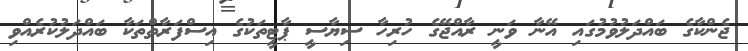
ޖެންކާގެ ބައްދަލުވުމުގައި އޭނާ ވަނީ ރާއްޖޭގެ ހުރިހާ ސިޔާސީ ޕާޓީތަކުގެ އިސްފަރާތްތަކާ ބައްދަލުކުރެއްވި